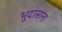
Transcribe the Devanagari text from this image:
भूदासांना